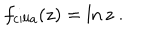
f _ { \mathrm { c i l i a } } ( z ) = \ln z \ .